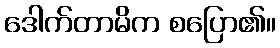
ဒေါက်တာမိက စပြော၏။